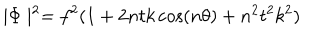
LaTeX: \mid \Phi \mid ^ { 2 } = f ^ { 2 } ( 1 + 2 n t k \cos ( n \theta ) + n ^ { 2 } t ^ { 2 } k ^ { 2 } )